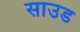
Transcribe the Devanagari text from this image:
साउड